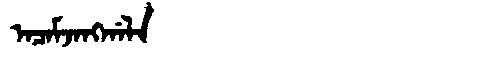
Manchu: ᠠᠴᠠᠮᠵᠠᠩᡤᠠᠯᠠ
Romanization: ACAMJANGGALA